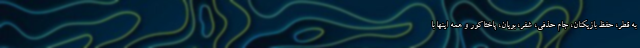
به قطر، حفظ بازیکنان، جام حذفی، شفر، بویان، پاختاکور و همه اینها با